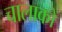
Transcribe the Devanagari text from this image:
चालाकों